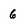
Character: 6